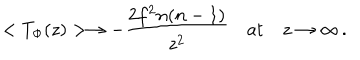
< T _ { \Phi } ( z ) > \rightarrow - \frac { 2 f ^ { 2 } n ( n - 1 ) } { z ^ { 2 } } \quad \mathrm { a t } \quad z \rightarrow \infty \, .